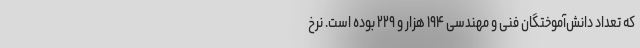
که تعداد دانش‌آموختگان فنی و مهندسی ۱۹۴ هزار و ۲۲۹ بوده است. نرخ